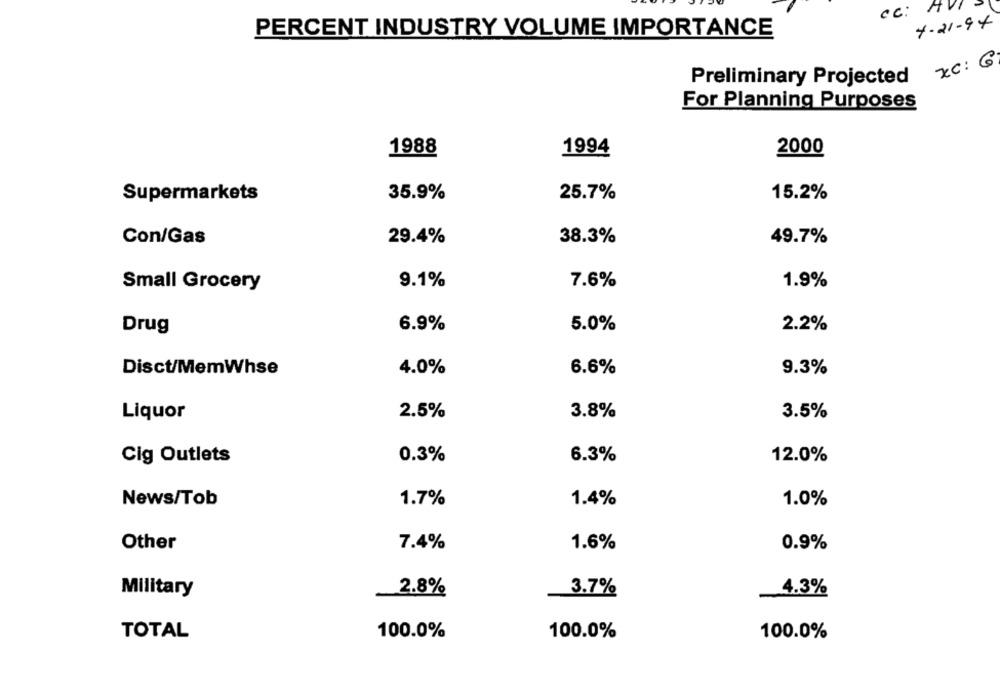
cc: HVI
4-21-94
PERCENT INDUSTRY VOLUME IMPORTANCE
xc: G
Preliminary Projected
For Planning Purposes
1988
1994
2000
Supermarkets
35.9%
25.7%
15.2%
Con/Gas
29.4%
38.3%
49.7%
9.1%
7.6%
1.9%
Small Grocery
6.9%
5.0%
Drug
2.2%
Disct/MemWhse
4.0%
6.6%
9.3%
Liquor
2.5%
3.8%
3.5%
Cig Outlets
0.3%
6.3%
12.0%
News/Tob
1.7%
1.4%
1.0%
Other
7.4%
1.6%
0.9%
Military
2.8%
3.7%
4.3%
TOTAL
100.0%
100.0%
100.0%